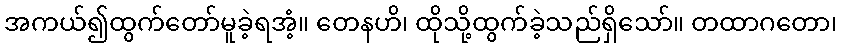
အကယ်၍ထွက်တော်မူခဲ့ရအံ့။ တေနဟိ၊ ထိုသို့ထွက်ခဲ့သည်ရှိသော်။ တထာဂတော၊